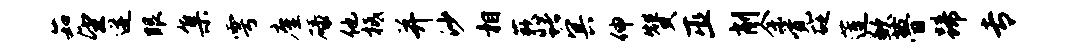
茹望迸眼集雩廑碌他柢并沙相蔌躇冥伸赞巫削余觉砭莲歉瞢蹄专